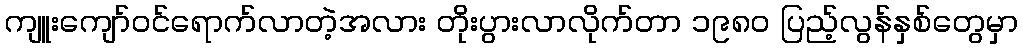
ကျူးကျော်ဝင်ရောက်လာတဲ့အလား တိုးပွားလာလိုက်တာ ၁၉၈၀ ပြည့်လွန်နှစ်တွေမှာ